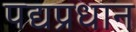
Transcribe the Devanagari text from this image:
पद्यप्रधान